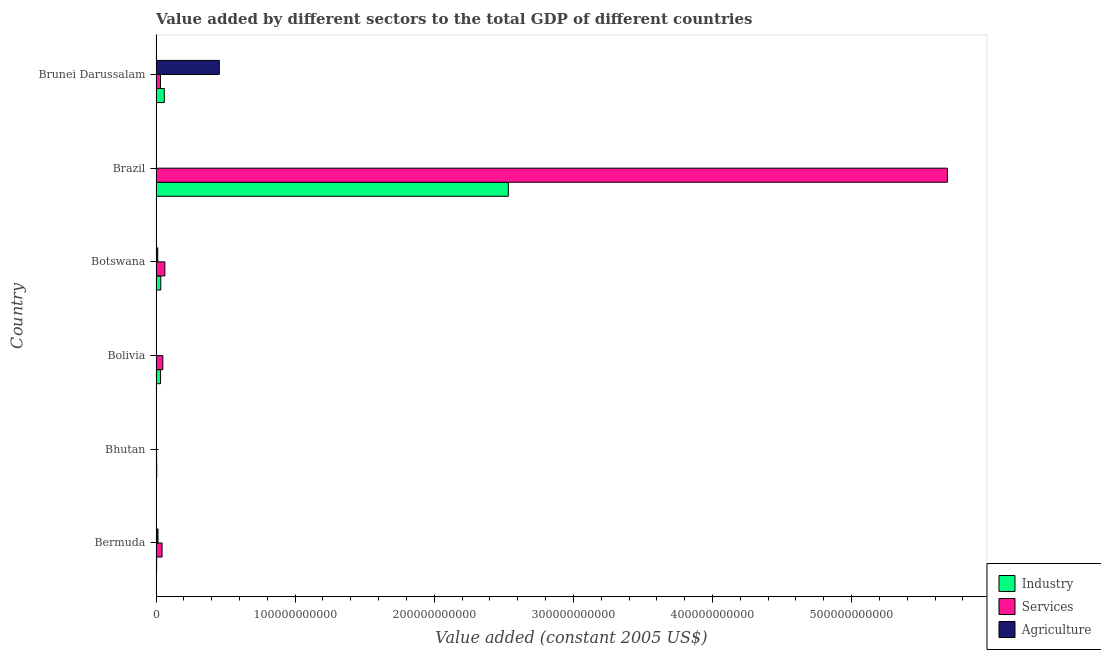
| Country | Industry | Services | Agriculture |
 | --- | --- | --- | --- |
 | Bermuda | 4.49e+08 | 4.35e+09 | 1.42e+09 |
 | Bhutan | 4.95e+08 | 4.24e+08 | 4.42e+07 |
 | Bolivia | 3.27e+09 | 4.9e+09 | 1.95e+08 |
 | Botswana | 3.42e+09 | 6.35e+09 | 1.24e+09 |
 | Brazil | 2.53e+11 | 5.69e+11 | 2.51e+08 |
 | Brunei Darussalam | 5.95e+09 | 3.22e+09 | 4.55e+10 |